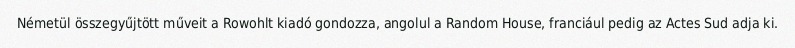
Németül összegyűjtött műveit a Rowohlt kiadó gondozza, angolul a Random House, franciául pedig az Actes Sud adja ki.